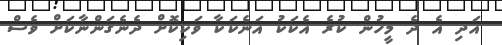
އަދި އެ ދެ މީހުން ކުރެ އެކަކު އަނެކަކާ ވަކިކޮށް ދެނެގަންނާކަށް ވެސް